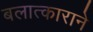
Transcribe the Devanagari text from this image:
बलात्काराने